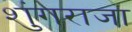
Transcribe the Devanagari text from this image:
शुंगराजा